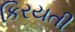
કિરયતી